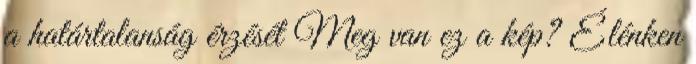
a határtalanság érzését Meg van ez a kép? Élénken